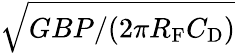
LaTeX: \sqrt{GBP/(2\pi R_{\mathrm{F}}C_{\mathrm{D}})}